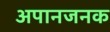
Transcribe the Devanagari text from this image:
अपानजनक